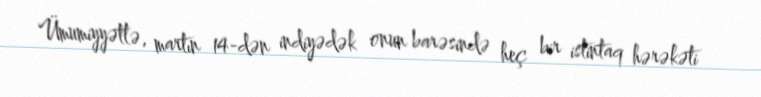
Ümumiyyətlə, martın 14-dən indiyədək onun barəsində heç bir istintaq hərəkəti